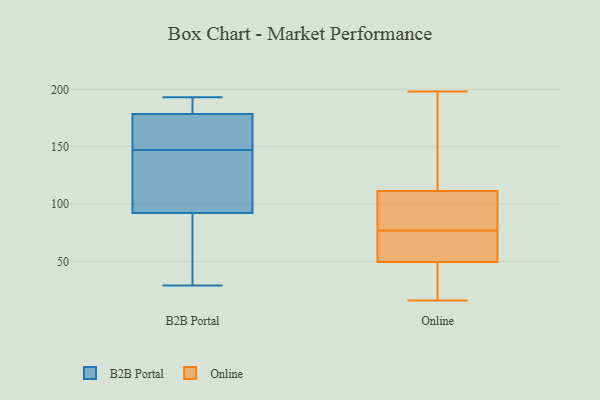
{"axis": {"x": "Gross Profit (USD K)", "y": "Value"}, "legend": ["B2B Portal", "Online"], "data": [{"x": "", "y": 113, "type": "B2B Portal"}, {"x": "", "y": 192, "type": "B2B Portal"}, {"x": "", "y": 182, "type": "B2B Portal"}, {"x": "", "y": 180, "type": "B2B Portal"}, {"x": "", "y": 147, "type": "B2B Portal"}, {"x": "", "y": 174, "type": "B2B Portal"}, {"x": "", "y": 162, "type": "B2B Portal"}, {"x": "", "y": 91, "type": "B2B Portal"}, {"x": "", "y": 104, "type": "B2B Portal"}, {"x": "", "y": 96, "type": "B2B Portal"}, {"x": "", "y": 166, "type": "B2B Portal"}, {"x": "", "y": 191, "type": "B2B Portal"}, {"x": "", "y": 77, "type": "B2B Portal"}, {"x": "", "y": 71, "type": "B2B Portal"}, {"x": "", "y": 193, "type": "B2B Portal"}, {"x": "", "y": 29, "type": "B2B Portal"}, {"x": "", "y": 109, "type": "B2B Portal"}, {"x": "", "y": 79, "type": "B2B Portal"}, {"x": "", "y": 168, "type": "B2B Portal"}, {"x": "", "y": 112, "type": "Online"}, {"x": "", "y": 99, "type": "Online"}, {"x": "", "y": 49, "type": "Online"}, {"x": "", "y": 77, "type": "Online"}, {"x": "", "y": 168, "type": "Online"}, {"x": "", "y": 109, "type": "Online"}, {"x": "", "y": 143, "type": "Online"}, {"x": "", "y": 61, "type": "Online"}, {"x": "", "y": 35, "type": "Online"}, {"x": "", "y": 198, "type": "Online"}, {"x": "", "y": 197, "type": "Online"}, {"x": "", "y": 26, "type": "Online"}, {"x": "", "y": 103, "type": "Online"}, {"x": "", "y": 90, "type": "Online"}, {"x": "", "y": 19, "type": "Online"}, {"x": "", "y": 16, "type": "Online"}, {"x": "", "y": 70, "type": "Online"}, {"x": "", "y": 72, "type": "Online"}, {"x": "", "y": 51, "type": "Online"}]}